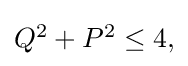
{\textstyle Q^{2}+P^{2}\leq 4,}